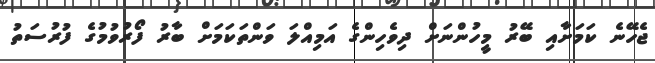
ޖެހޭނެ ކަމަށާއި ބޭރު މީހުންނަށް ދިވެހިންގެ އަމިއްލަ ވަންތަކަމަށް ބާރު ފޯރުވުމުގެ ފުރުސަތު